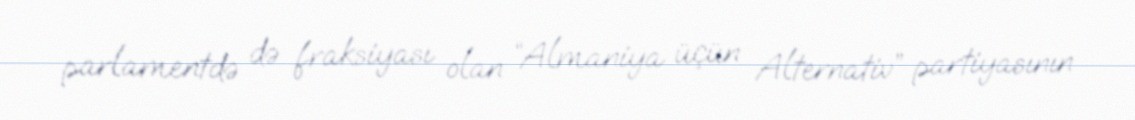
parlamentdə də fraksiyası olan “Almaniya üçün Alternativ” partiyasının